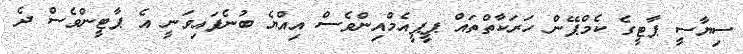
ސިޔާސީ ޕާޓީގެ ކެމްޕޭން ހަރަކާތްތައް ޕީޕީއެމްއިންވެސް އިއްޔެ ބުނެފައިވަނީ އެ ޕާޓީންވެސް ދެ